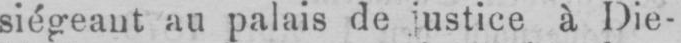
siégeant au palais de justice à Die-